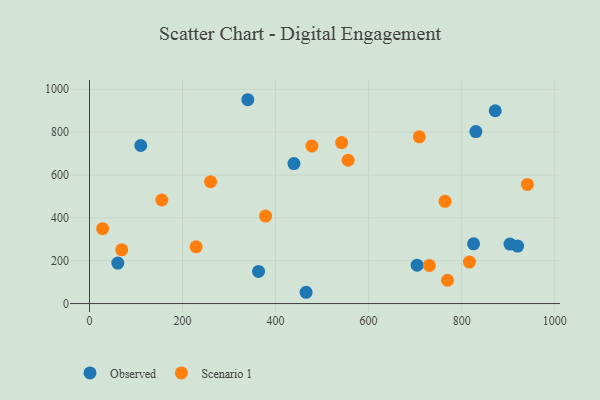
{"axis": {"x": "Investment", "y": "Fuel Efficiency"}, "legend": ["Observed", "Scenario 1"], "data": [{"x": "340.3", "y": 951.3, "type": "Observed"}, {"x": "872.2", "y": 899.8, "type": "Observed"}, {"x": "363.4", "y": 150.1, "type": "Observed"}, {"x": "825.7", "y": 278.8, "type": "Observed"}, {"x": "439.5", "y": 653.5, "type": "Observed"}, {"x": "60.8", "y": 188.8, "type": "Observed"}, {"x": "830.6", "y": 802.6, "type": "Observed"}, {"x": "903.9", "y": 277.4, "type": "Observed"}, {"x": "465.6", "y": 52.6, "type": "Observed"}, {"x": "704.3", "y": 179.0, "type": "Observed"}, {"x": "110.2", "y": 737.7, "type": "Observed"}, {"x": "920.4", "y": 268.1, "type": "Observed"}, {"x": "941.3", "y": 556.2, "type": "Scenario 1"}, {"x": "378.5", "y": 408.4, "type": "Scenario 1"}, {"x": "155.5", "y": 483.2, "type": "Scenario 1"}, {"x": "764.3", "y": 477.3, "type": "Scenario 1"}, {"x": "709.1", "y": 778.1, "type": "Scenario 1"}, {"x": "542.0", "y": 751.2, "type": "Scenario 1"}, {"x": "69.2", "y": 250.7, "type": "Scenario 1"}, {"x": "478.1", "y": 735.4, "type": "Scenario 1"}, {"x": "260.3", "y": 568.7, "type": "Scenario 1"}, {"x": "229.2", "y": 264.5, "type": "Scenario 1"}, {"x": "769.7", "y": 108.7, "type": "Scenario 1"}, {"x": "556.0", "y": 668.9, "type": "Scenario 1"}, {"x": "816.8", "y": 193.5, "type": "Scenario 1"}, {"x": "730.6", "y": 177.7, "type": "Scenario 1"}, {"x": "28.2", "y": 349.5, "type": "Scenario 1"}]}